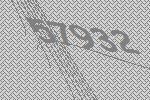
57932